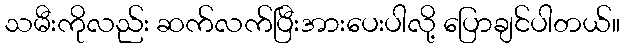
သမီးကိုလည်း ဆက်လက်ပြီးအားပေးပါလို့ ပြောချင်ပါတယ်။